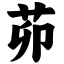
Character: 茆